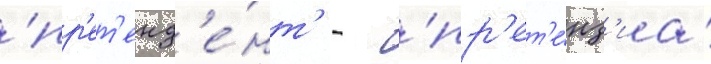
'пр'ет'енд'е́нт' - - 'пр'ет'е́нз'иа'